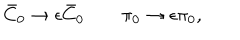
\bar { C } _ { 0 } \to \epsilon \bar { C } _ { 0 } \qquad \pi _ { 0 } \to \epsilon \pi _ { 0 } ,